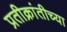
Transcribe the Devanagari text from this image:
प्रतीक्रांतीच्या